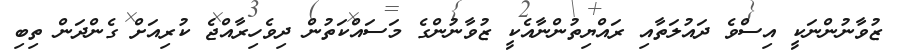
ޒުވާނުންނަކީ އިސްވެ ދައުލަތާއި ރައްޔިތުންނާއެކީ ޒުވާނުންގެ މަސައްކަތުން ދިވެހިރާއްޖެ ކުރިއަށް ގެންދަން ތިބި